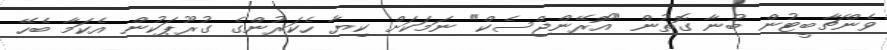
ވެންޗާބީޓުން ބުނާ ގޮތުން "އޮރޭންޖްސެކް" ނަމަކަށް ކިޔާ ހެކަރުންގެ ގުރޫޕަކުން އެކަމާ ބެހޭ